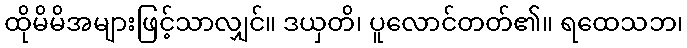
ထိုမိမိအများဖြင့်သာလျှင်။ ဒယှတိ၊ ပူလောင်တတ်၏။ ရထေသဘ၊